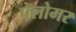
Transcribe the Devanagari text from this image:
पेलोमर